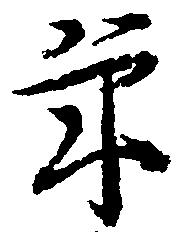
年